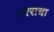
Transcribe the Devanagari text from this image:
परेराचा